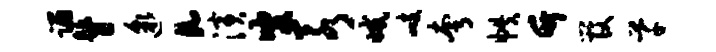
蹋瞽邈a演叟若减峙夸帙竹管芊